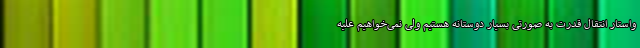
واستار انتقال قدرت به صورتی بسیار دوستانه هستیم ولی نمی‌خواهیم علیه